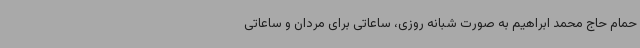
حمام حاج محمد ابراهیم به صورت شبانه روزی، ساعاتی برای مردان و ساعاتی